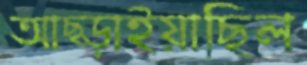
আছ্‌ড়াইয়াছিল